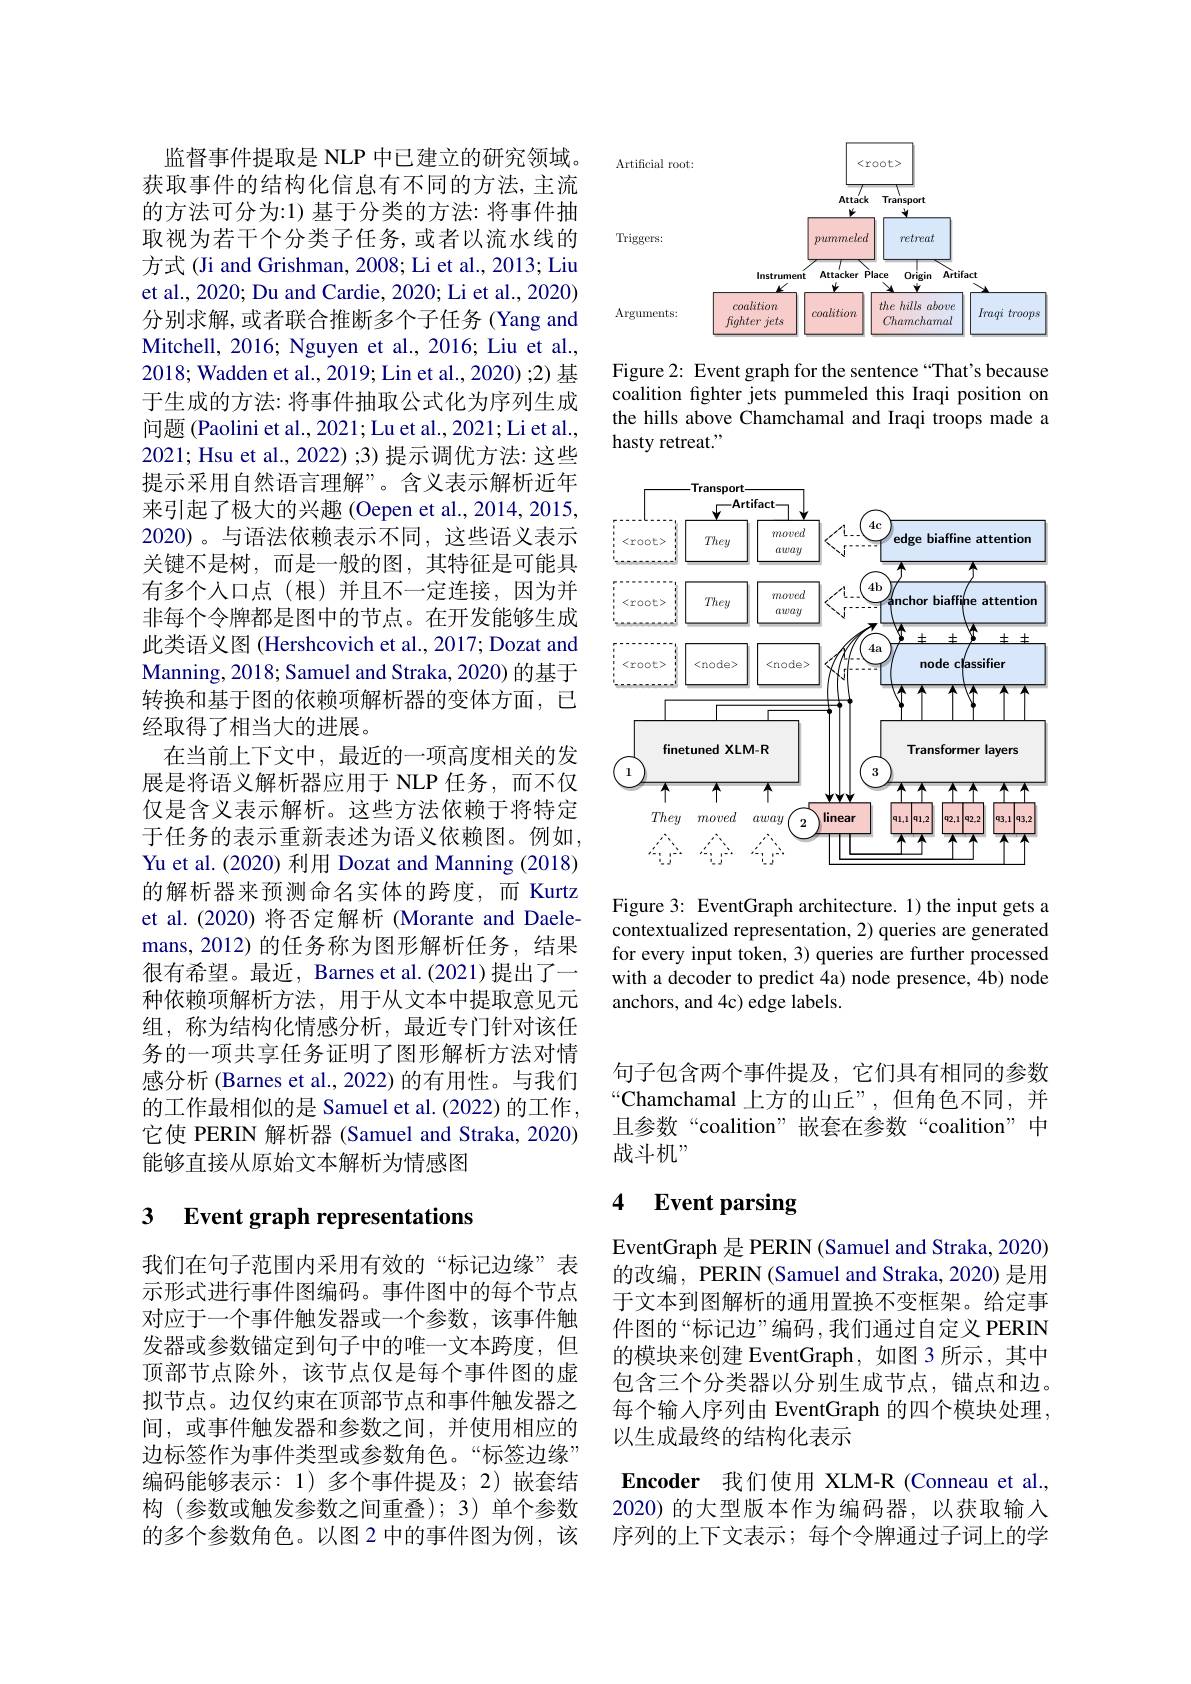
监督事件提取是 NLP 中已建立的研究领域。获取事件的结构化信息有不同的方法，主流的方法可分为：1) 基于分类的方法：将事件抽取视为若干个分类子任务，或者以流水线的方式(Ji and Grishman, 2008; Li et al., 2013; Liu et al., 2020; Du and Cardie, 2020; Li et al., 2020) 分别求解，或者联合推断多个子任务 (Yang and Mitchell, 2016; Nguyen et al., 2016; Liu et al., 2018; Wadden et al., 2019; Lin et al., 2020);2) 基于生成的方法：将事件抽取公式化为序列生成问题 (Paolini et al., 2021; Lu et al., 2021; Li et al., 2021; Hsu et al., 2022) ;3) 提示调优方法：这些提示采用自然语言理解”。含义表示解析近年来引起了极大的兴趣(Oepen et al., 2014, 2015, 2020)。与语法依赖表示不同，这些语义表示关键不是树，而是一般的图，其特征是可能具有多个人口点(根)并且不一定连接，因为并非每个令牌都是图中的节点。在开发能够生成此类语义图 (Hershcovich et al., 2017; Dozat and Manning, 2018; Samuel and Straka, 2020) 的基于转换和基于图的依赖项解析器的变体方面，已经取得了相当大的进展。
在当前上下文中，最近的一项高度相关的发展是将语义解析器应用于 NLP 任务，而不仅仅是含义表示解析。这些方法依赖于将特定于任务的表示重新表述为语义依赖图。例如Yu et al. (2020) 利用 Dozat and Manning (2018) 的解析器来预测命名实体的跨度，而 Kurtz et al.(2020) 将否定解析 (Morante and Daelemans,2012) 的任务称为图形解析任务，结果很有希望。最近，Barnes et al.(2021)提出了一种依赖项解析方法，用于从文本中提取意见元组，称为结构化情感分析，最近专门针对该任务的一项共享任务证明了图形解析方法对情感分析 (Barnes et al., 2022) 的有用性。与我们的工作最相似的是 Samuel et al. (2022) 的工作， 它使 PERIN 解析器 (Samuel and Straka, 2020) 能够直接从原始文本解析为情感图

# 3 Event graph representations

我们在句子范围内采用有效的“标记边缘”表示形式进行事件图编码。事件图中的每个节点对应于一个事件触发器或一个参数，该事件触发器或参数锚定到句子中的唯一文本跨度，但顶部节点除外，该节点仅是每个事件图的虚拟节点。边仅约束在顶部节点和事件触发器之间，或事件触发器和参数之间，并使用相应的边标签作为事件类型或参数角色。“标签边缘” 编码能够表示：1)多个事件提及；2)嵌套结构(参数或触发参数之间重叠);3)单个参数的多个参数角色。以图 2 中的事件图为例，该

<FigureHere>

Figure 2: Event graph for the sentence “That's because coalition fighter jets pummeled this Iraqi position on the hills above Chamchamal and Iraqi troops made a hasty retreat."

<FigureHere>

Figure 3: EventGraph architecture. 1) the input gets a contextualized representation, 2) queries are generated for every input token, 3) queries are further processed with a decoder to predict 4a) node presence, 4b) node anchors, and 4c) edge labels.

句子包含两个事件提及，它们具有相同的参数“Chamchamal 上方的山丘”,但角色不同，并且参数“coalition”嵌套在参数“coalition”中战斗机$^{,}$

### 4 $\textbf{Event parsing}$

EventGraph 是 PERIN (Samuel and Straka, 2020) 的改编，PERIN (Samuel and Straka, 2020) 是用于文本到图解析的通用置换不变框架。给定事件图的“标记边”编码，我们通过自定义 PERIN 的模块来创建 EventGraph,如图 3 所示 ,其中包含三个分类器以分别生成节点，锚点和边。每个输入序列由 EventGraph 的四个模块处理， 以生成最终的结构化表示

Encoder 我们使用 XLM-R (Conneau et al., 2020) 的大型版本作为编码器，以获取输入序列的上下文表示；每个令牌通过子词上的学